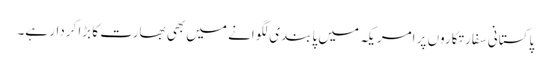
پاکستانی سفارتکاروں پر امریکہ میں پابندی لگوانے میں بھی بھارت کا بڑا کردار ہے۔